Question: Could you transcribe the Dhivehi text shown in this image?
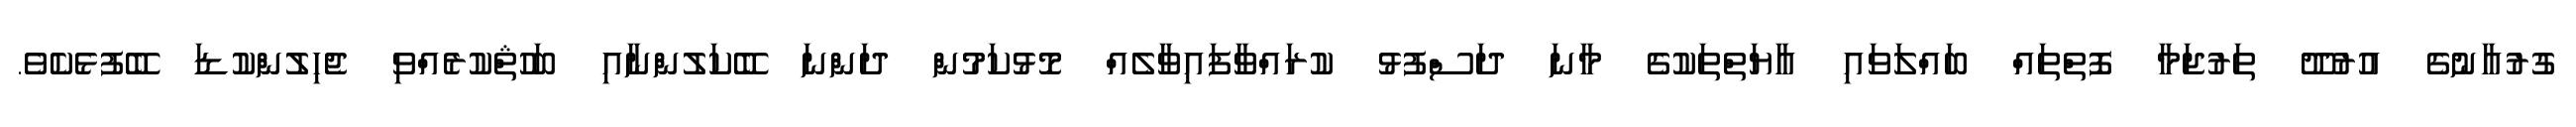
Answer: ގުރުއާނުގެ އުރުދޫ ތަރުޖަމާ ފޮތްތައް ބައްލަވައި އާޔަތްތަކުގެ މާނަ ދަސްފުޅު ކުރައްވާފައިވާލެއް މޮޅުކަމުން ދަންނަ ބޭކަލުންނާއި ބަހުޘްކުރެއްވި ޖެހިލުންކުޑަ ބޭފުޅެކެވެ.